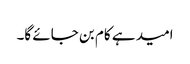
امید ہے کام بن جائے گا۔